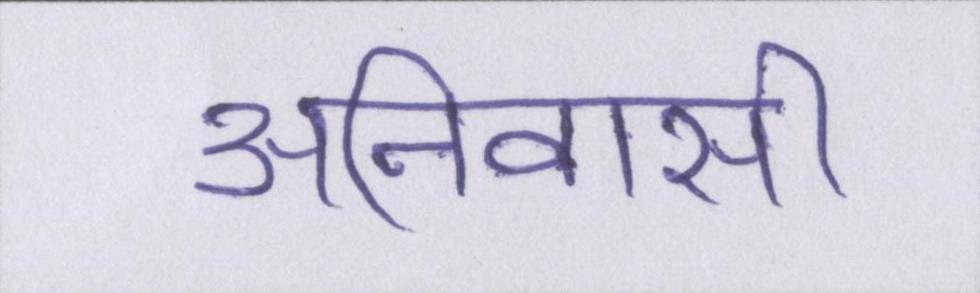
अनिवासी